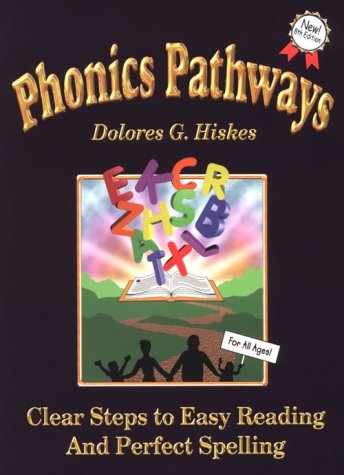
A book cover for Phonics Pathways: Clear Steps to Easy Reading and Perfect Spelling; Dolores G. Hiskes; Reference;